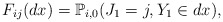
\begin{align*}F_{ij}(dx)=\mathbb{P}_{i,0}(J_1=j,Y_1\in{dx}),\end{align*}